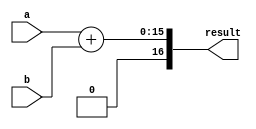
module fixed_point_adder (
    input [N-1:0] a,
    input [N-1:0] b,
    output reg [N:0] result
);

parameter N = 16; // Number of bits for fixed-point numbers
parameter M = 8; // Number of integer bits

reg [N-1:0] sum;

always @* begin
    sum = a + b;
    if(sum[N-1]) // Check for overflow
        sum = {1'b0, sum[N-1:M], sum[M-1:0]}; // Adjust for overflow
end

always @* begin
    result = sum;
end

endmodule